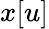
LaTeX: x[u]